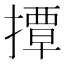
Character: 撢